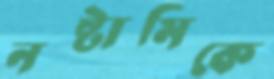
নষ্টামিকে